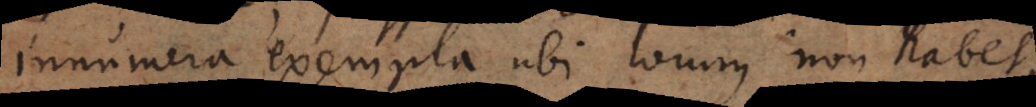
innumera exempla ubi locum non habet,